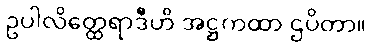
ဥပါလိတ္ထေရာဒီဟိ အဋ္ဌကထာ ဌပိတာ။